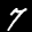
Label: 7